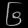
Digit: ၆